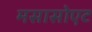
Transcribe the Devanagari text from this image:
मसासोएट